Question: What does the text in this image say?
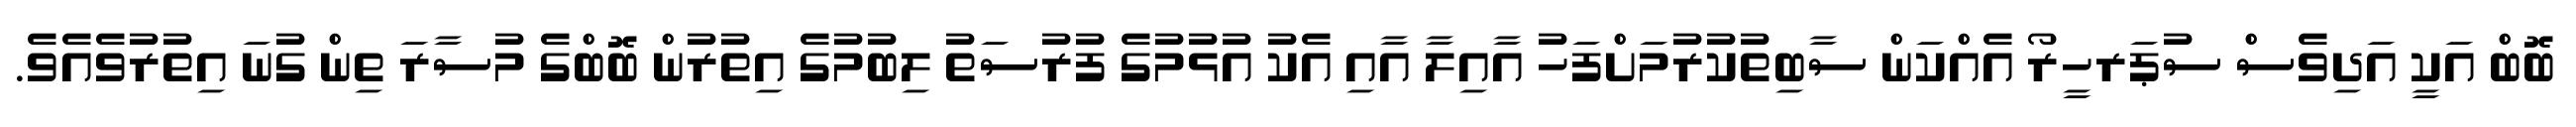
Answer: ބޮބް އަކީ އަދިވެސް ސުޕަރހީރޯ އެއްކަން ސާބިތުކުރުމަށްފަހު އާއިލާ އާއި އެކު އުޅުމުގެ ފުރުސަތު ލިބުމުގެ އިތުރުން ބޮބްގެ މުސާރަ ތިން ގުނަ އިތުރުވެއެވެ.